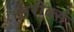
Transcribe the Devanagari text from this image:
तरीक्से